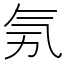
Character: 𣱗